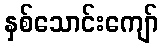
နှစ်သောင်းကျော်